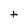
Character: t